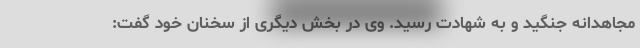
مجاهدانه جنگید و به شهادت رسید. وی در بخش دیگری از سخنان خود گفت: